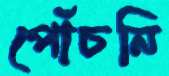
পোঁচনি